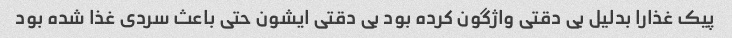
پیک غذارا بدلیل بی دقتی واژگون کرده بود بی دقتی ایشون حتی باعث سردی غذا شده بود